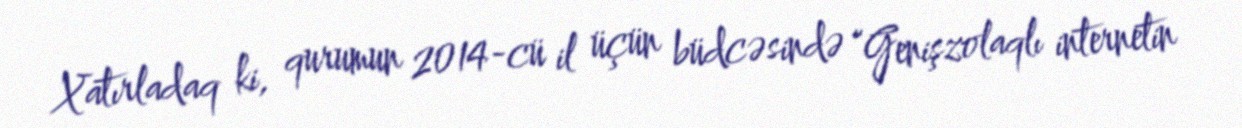
Xatırladaq ki, qurumun 2014-cü il üçün büdcəsində “Genişzolaqlı internetin